Civil Veterinary Department Bengal reports 1923-33 - 1923-1933
Year: 1923
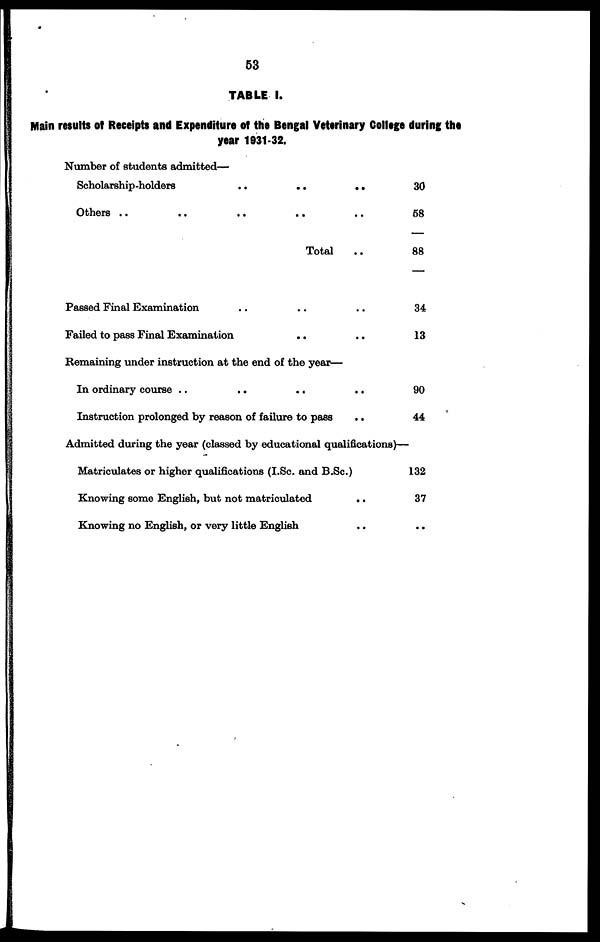
53
TABLE I.
Main results of Receipts and Expenditure of the Bengal Veterinary College during the
year 1931-32.
Number of students admitted—
Scholarship-holders .. .. ..
Others .. .. .. .. ..
Total ..
Passed Final Examination .. .. ..
Failed to pass Final Examination .. ..
Remaining under instruction at the end of the year—
In ordinary course .. .. .. ..
Instruction prolonged by reason of failure to pass ..
30
58
88
34
13
90
44
Admitted during the year (classed by educational qualifications)—
Matriculates or higher qualifications (I.Sc. and B.Sc.)
Knowing some English, but not matriculated ..
Knowing no English, or very little English ..
132
37
..